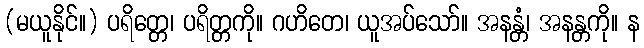
(မယူနိုင်။) ပရိတ္တေ၊ ပရိတ္တကို။ ဂဟိတေ၊ ယူအပ်သော်။ အနန္တံ၊ အနန္တကို။ န